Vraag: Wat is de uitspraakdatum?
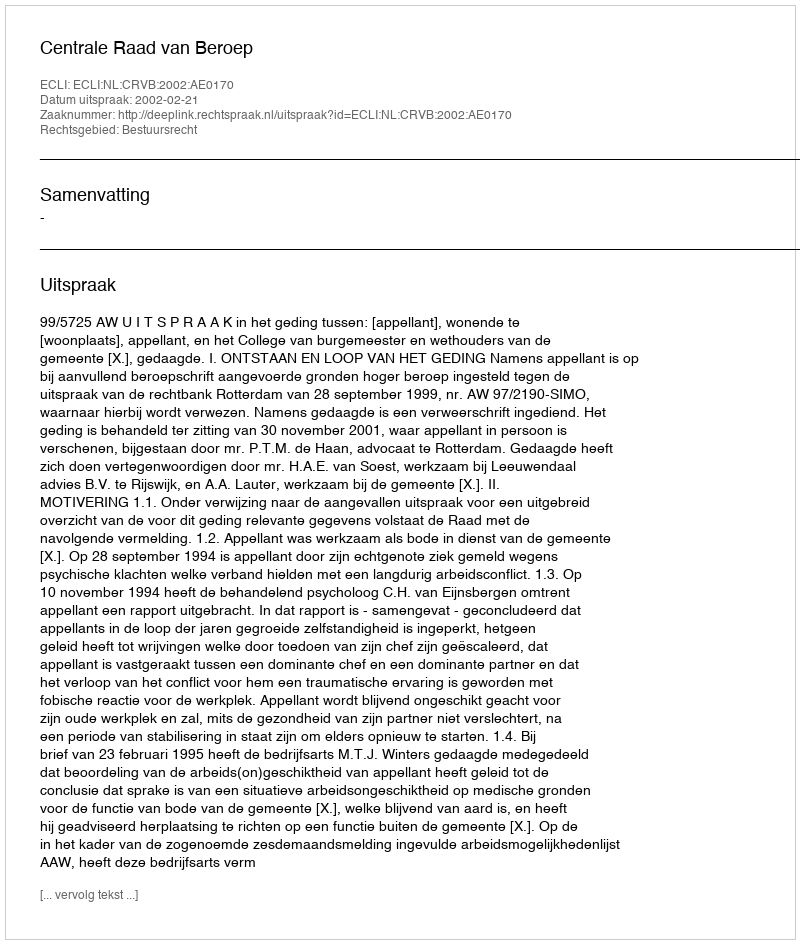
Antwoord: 2002-02-21